Medical and sanitary report of the native army of Bengal for the year
Year: 1874
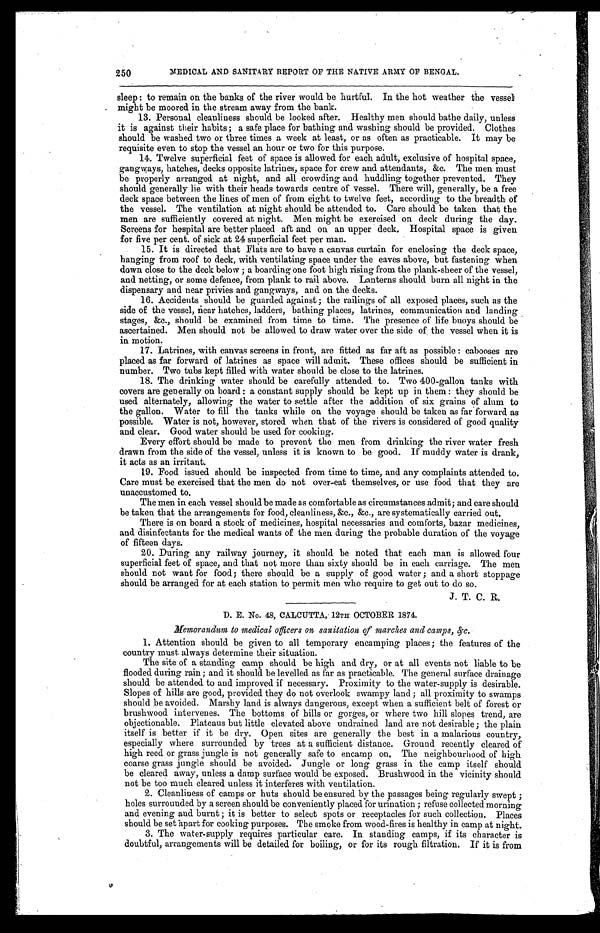
250 MEDICAL AND SANITARY REPORT OF THE NATIVE ARMY OF BENGAL.
sleep: to remain on the banks of the river would be hurtful. In the hot weather the vessel
might be moored in the stream away from the bank.
13. Personal cleanliness should be looked after. Healthy men should bathe daily, unless
it is against their habits; a safe place for bathing and washing should be provided. Clothes
should be washed two or three times a week at least, or as often as practicable. It may be
requisite even to stop the vessel an hour or two for this purpose.
14. Twelve superficial feet of space is allowed for each adult, exclusive of hospital space,
gangways, hatches, decks opposite latrines, space for crew and attendants, &c. The men must
be propery arranged at night, and all crowding and huddling together prevented. They
should generally lie with their heads towards centre of vessel. There will, generally, be a free
deck space between the lines of men of from eight to twelve feet, according to the breadth of
the vessel. The ventilation at night should be attended to. Care should be taken that the
men are sufficiently covered at night. Men might be exercised on deck during the day.
Screens for hospital are better placed aft and on an upper deck, Hospital space is given
for five per cent. of sick at 24 superficial feet per man.
15. It is directed that Flats are to have a canvas curtain for enclosing the deck space,
hanging from roof to deck, with ventilating space under the eaves above, but fastening when
down close to the deck below; a boarding one foot high rising from the plank-sheer of the vessel,
and netting, or some defence, from plank to rail above. Lanterns should burn all night in the
dispensary and near privies and gangways, and on the decks.
16. Accidents should be guarded against; the railings of all exposed places, such as the
side of the vessel, near hatches, ladders, bathing places, latrines, communication and landing
stages, &c., should be examined from time to time. The presence of life buoys should be
ascertained. Men should not be allowed to draw water over the side of the vessel when it is
in motion.
17. Latrines, with canvas screens in front, are fitted as far aft as possible: cabooses are
placed as far forward of latrines as space will admit. These offices should be sufficient in
number. Two tubs kept filled with water should be close to the latrines.
18. The drinking water should be carefully attended to. Two 400-gallon tanks with
covers are generally on board: a constant supply should be kept up in them: they should be
used alternately, allowing the water to settle after the addition of six grains of alum to
the gallon. Water to fill the tanks while on the voyage should be taken as far forward as
possible. Water is not, however, stored when that of the rivers is considered of good quality
and clear. Good water should be used for cooking.
Every effort should be made to prevent the men from drinking the river water fresh
drawn from the side of the vessel, unless it is known to be good. If muddy water is drank,
it acts as an irritant.
19. Food issued should be inspected from time to time, and any complaints attended to.
Care must be exercised that the men do not over-eat themselves, or use food that they are
unaccustomed to.
The men in each vessel should be made as comfortable as circumstances admit; and care should
be taken that the arrangements for food, cleanliness, &c., &c., are systematically carried out.
There is on board a stock of medicines, hospital necessaries and comforts, bazar medicines,
and disinfectants for the medical wants of the men during the probable duration of the voyage
of fifteen days.
20. During any railway journey, it should be noted that each man is allowed four
superficial feet of space, and that not more than sixty should be in each carriage. The men
should not want for food; there should be a supply of good water; and a short stoppage
should be arranged for at each station to permit men who require to get out to do so.
J. T. C. R.
D. E. No. 48, CALCUTTA, 12TH OCTOBER 1874.
Memorandum to medical opens on sanitation of marches and camps,
&c.
1. Attention should be given to all temporary encamping places; the features of the
country must always determine their situation.
The site of a standing camp should be high and dry, or at all events not liable to be
flooded during rain; and it should be levelled as far as practicable. The general surface drainage
should be attended to and improved if necessary. Proximity to the water-supply is desirable.
Slopes of hills are good, provided they do not overlook swampy land; all proximity to swamps
should be avoided. Marshy land is always dangerous, except when a sufficient belt of forest or
brushwood intervenes. The bottoms of hills or gorges, or where two hill slopes trend, are
objectionable. Plateaus but little elevated above undrained land are not desirable; the plain
itself is better if it be dry. Open sites are generally the best in a malarious country,
especially where surrounded by trees at a sufficient distance. Ground recently cleared of
high reed or grass jungle is not generally safe to encamp on. The neighbourhood of high
coarse grass jungle should be avoided. Jungle or long grass in the camp itself should
be cleared away, unless a damp surface would be exposed. Brushwood in the vicinity should
not be too much cleared unless it interferes with ventilation.
2. Cleanliness of camps or huts should be ensured by the passages being regularly swept;
holes surrounded by a screen should be conveniently placed for urination; refuse collected morning
and evening and burnt; it is better to select spots or receptacles for such collection. Places
should be set apart for cooking purposes. The smoke from wood-fires is healthy in camp at night.
3. The water-supply requires particular care. In standing camps, if its character is
doubtful, arrangements will be detailed for boiling, or for its rough filtration. If it is from